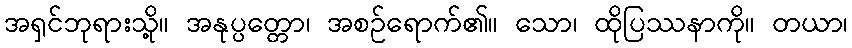
အရှင်ဘုရားသို့။ အနုပ္ပတ္တော၊ အစဉ်ရောက်၏။ သော၊ ထိုပြဿနာကို။ တယာ၊